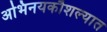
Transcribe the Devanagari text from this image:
अभिनयकौशल्यात